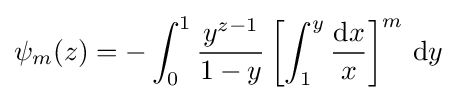
\psi _{m}(z)=-\int _{0}^{1}{\frac {y^{z-1}}{1-y}}\left[\int _{1}^{y}{\frac {\mathrm {d} x}{x}}\right]^{m}\,\mathrm {d} y